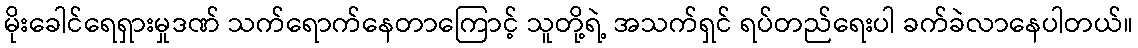
မိုးခေါင်ရေရှားမှုဒဏ် သက်ရောက်နေတာကြောင့် သူတို့ရဲ့ အသက်ရှင် ရပ်တည်ရေးပါ ခက်ခဲလာနေပါတယ်။